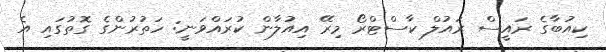
ކިއުބާގެ ރައީސް ރައުލް ކާސްޓްރޯ މިރޭ އިއުލާން ކުރައްވަނީ: ހަތުރުންގެ ގޮތުގައި އެ